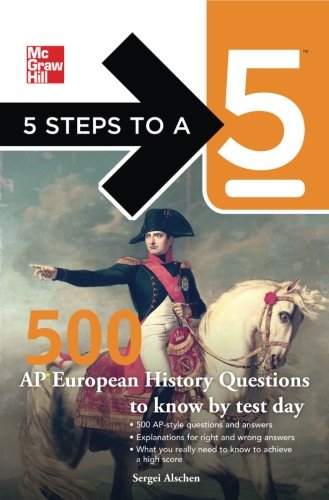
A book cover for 5 Steps to a 5 500 AP European History Questions to Know by Test Day (5 Steps to a 5 on the Advanced Placement Examinations Series); Sergei Alschen; History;